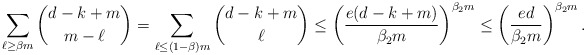
\begin{align*}\sum_{\ell\geq \beta m} {d-k+m\choose m-\ell} =\sum_{\ell\leq (1-\beta) m} {d-k+m\choose \ell} \leq\left(\frac{e(d-k+m)}{\beta_2 m}\right)^{\beta_2 m}\leq \left(\frac{e d}{\beta_2 m}\right)^{\beta_2 m}.\end{align*}